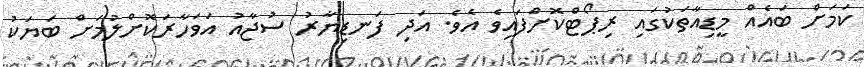
ކަމަށް ބައެއް މީޑިއާތަކުގައި ރިޕޯޓްކޮށްފައިވެ އެވެ. އަދި ފަނޑިޔާރު ސުޖާއު އަވަހާރަކޮށްލުމަށް ބަޔަކު